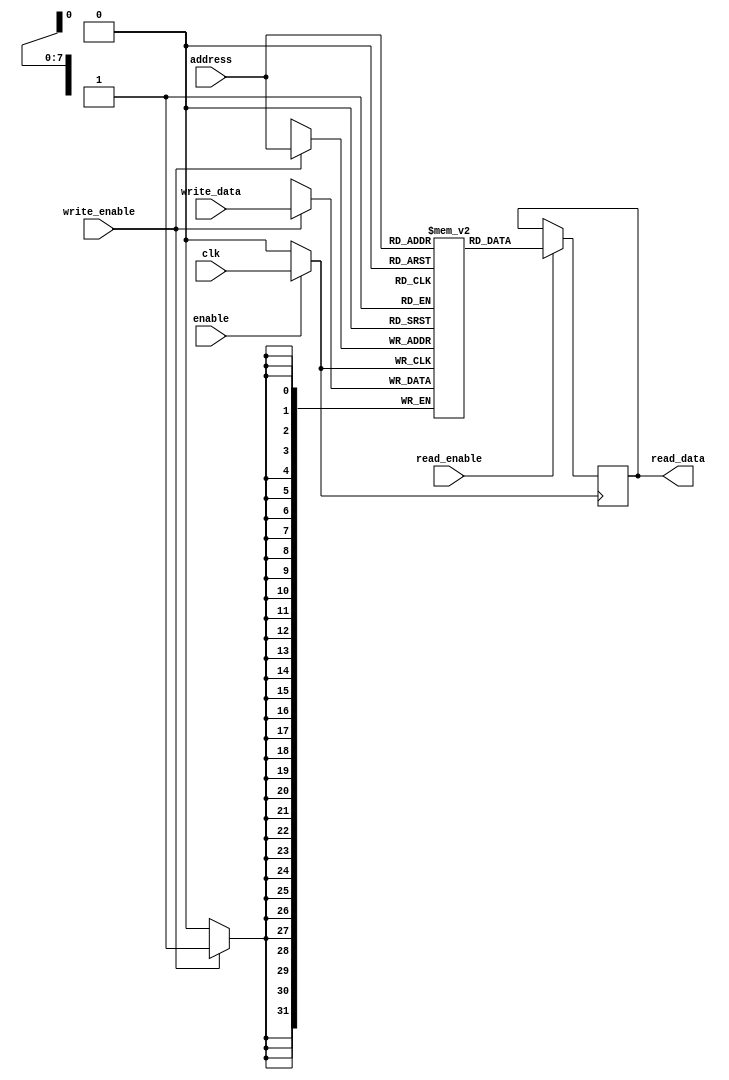
module MemoryBlock (
    input wire clk,                // Original clock signal
    input wire enable,             // Enable signal for clock gating
    input wire [7:0] address,      // Memory address (8-bit for example)
    input wire [31:0] write_data,  // Data to be written (32-bit for example)
    input wire read_enable,         // Read enable signal
    input wire write_enable,        // Write enable signal
    output reg [31:0] read_data     // Data read from memory
);

    // Memory array declaration (256 x 32-bit memory)
    reg [31:0] memory_array [255:0]; 

    // Gated clock signal
    wire gated_clk;

    // Clock gating logic
    assign gated_clk = enable ? clk : 1'b0;

    // Read/Write Logic
    always @(posedge gated_clk) begin
        if (write_enable) begin
            memory_array[address] <= write_data; // Write operation
        end
        if (read_enable) begin
            read_data <= memory_array[address]; // Read operation
        end
    end

endmodule